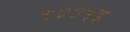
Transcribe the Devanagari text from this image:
२००५इ